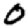
Digit: 0